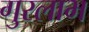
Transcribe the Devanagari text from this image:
गुरलाभ